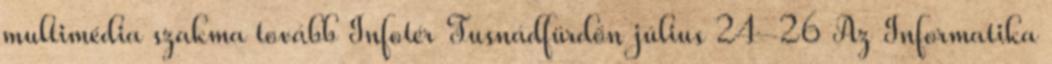
multimédia szakma tovább Infotér Tusnádfürdőn július 24-26 Az Informatika